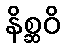
နိစ္ဆဝိ